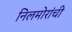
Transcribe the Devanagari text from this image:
निलमोरांची